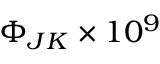
\Phi _ { J K } \times 1 0 ^ { 9 }